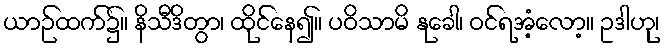
ယာဉ်ထက်၌။ နိသီဒိတွာ၊ ထိုင်နေ၍။ ပဝိသာမိ နုခေါ၊ ဝင်ရအံ့လော့။ ဥဒါဟု၊